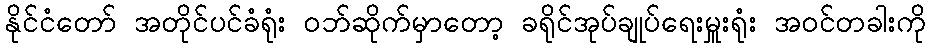
နိုင်ငံတော် အတိုင်ပင်ခံရုံး ဝဘ်ဆိုက်မှာတော့ ခရိုင်အုပ်ချုပ်ရေးမှူးရုံး အဝင်တခါးကို